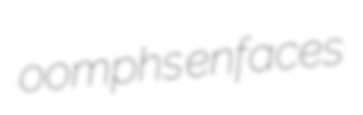
oomphs enfaces